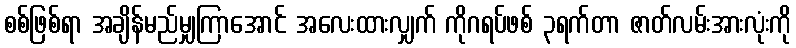
စစ်ဖြစ်ရာ အချိန်မည်မျှကြာအောင် အလေးထားလျှက် ကိုဂရပ်ဖစ် ၃ရက်တာ ဇာတ်လမ်းအားလုံးကို